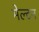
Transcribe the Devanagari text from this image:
मेल्टन